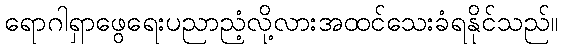
ရောဂါရှာဖွေရေးပညာညံ့လို့လားအထင်သေးခံရနိုင်သည်။